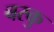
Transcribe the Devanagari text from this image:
बरकु